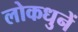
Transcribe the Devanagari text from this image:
लोकधुनें